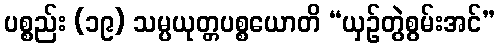
ပစ္စည်း (၁၉) သမ္ပယုတ္တပစ္စယောတိ “ယှဉ်တွဲစွမ်းအင်”